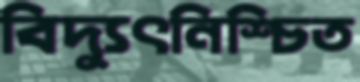
বিদ্যুৎনিশ্চিত